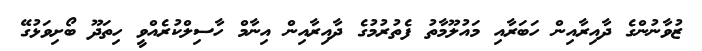
ޒުވާނުންގެ ދާއިރާއިން ހަބަރާއި މައުލޫމާތު ފެތުރުމުގެ ދާއިރާއިން އިނާމް ހާސިލްކުރެއްވީ ހިތަދޫ ބޯށިވަޅުގޭ